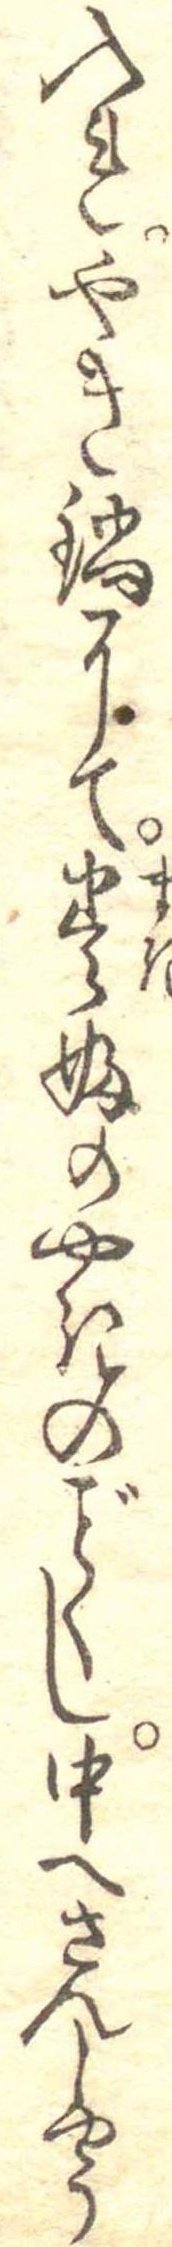
入れやき鍋にて巻ふのやきのくし中へさんしやう